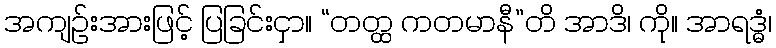
အကျဉ်းအားဖြင့် ပြခြင်းငှာ။ “တတ္ထ ကတမာနီ”တိ အာဒိ၊ ကို။ အာရဒ္ဓံ၊